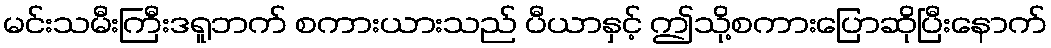
မင်းသမီးကြီးဒရူဘက် စကားယားသည် ပီယာနှင့် ဤသို့စကားပြောဆိုပြီးနောက်